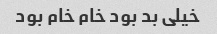
خیلی بد بود خام خام بود